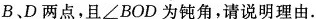
B、D两点，且∠BOD为钝角，请说明理由。